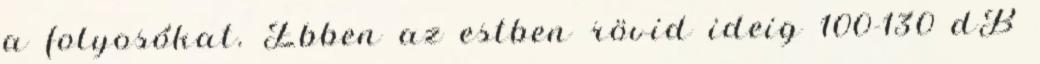
a folyosókat. Ebben az estben rövid ideig 100-130 dB